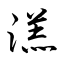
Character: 溔